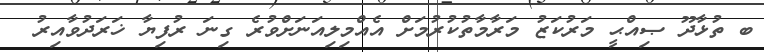
ބ ތުޅާދޫ ޞިއްޙީ މަރުކަޒު މަރާމާތުކުުރުމަށް އެއްމިލިއަނަށްވުރެ ގިނަ ރުފިޔާ ޚަރަދުވާއިރު